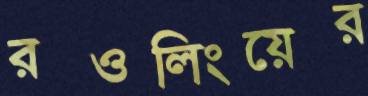
রওলিংয়ের